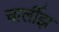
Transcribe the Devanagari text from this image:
चार्लीझ